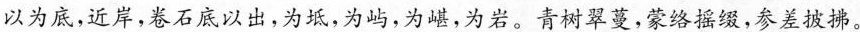
以为底，近岸，卷石底以出，为坻，为屿，为堪，为岩。青树翠蔓，蒙络摇缀，参差披拂。